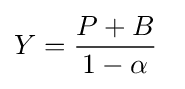
Y={\frac {P+B}{1-\alpha }}\,\